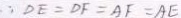
\therefore D E = D F = A F = A E